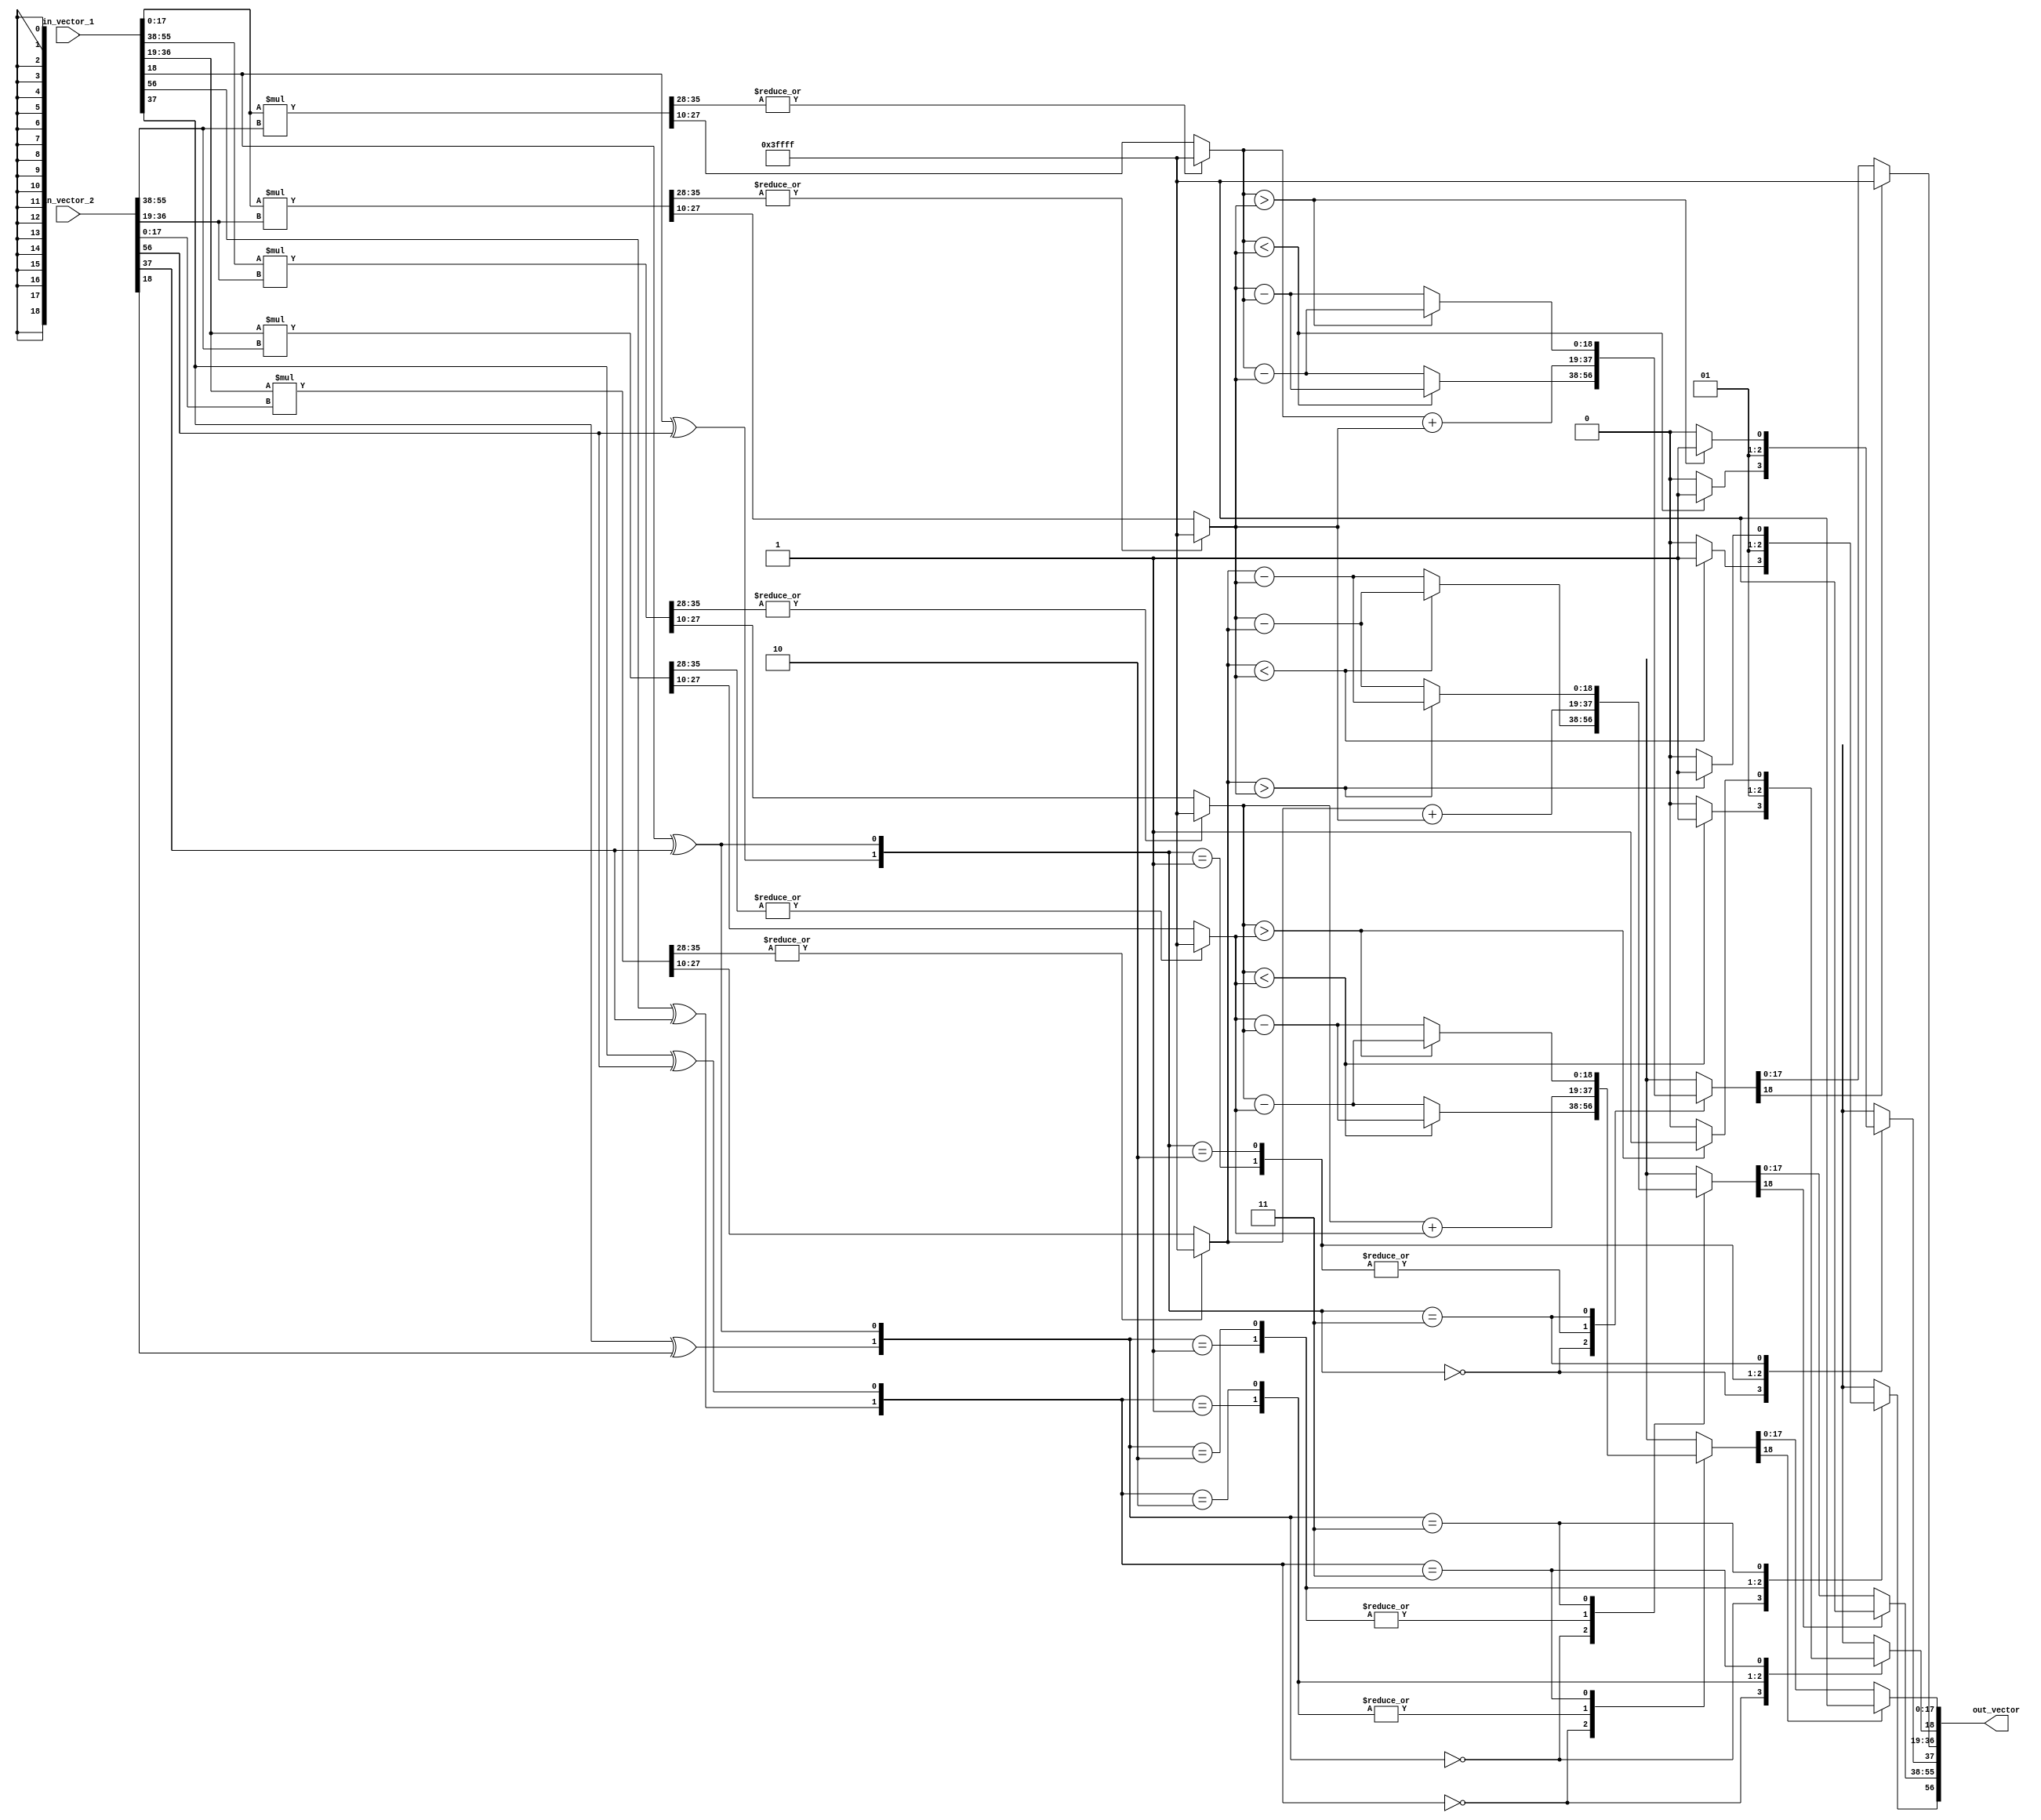
/*
     Hardware implementation of vector operations                      //  pg42  
     Vector Cross Product Implementation                               //  pg43
     VECTOR_WIDTH = 57
     57 bit signed fixed point  = { 3x[ Sign(1), Integer(8), Fraction(10) ] } = 3x19 = 57 bits
     V1 = {x1, y1, z1}
     V2 = {x2, y2, z2}
     V1 x V2 = { {y1*z2-  z1*y2}, {z1*x2 - x1*z2}, {x1*y2 - y1*x2} }  //total = 57 bits
*/
    
module signed_vector_cross_product (in_vector_1, in_vector_2, out_vector);
    
  input [56:0] in_vector_1;
  input [56:0] in_vector_2; 
    
  output [56:0] out_vector;

  wire [18:0] wire_x1;
  wire [18:0] wire_y1;  // to hold x, y & z elemtents of in_vector_1
  wire [18:0] wire_z1;
  wire [18:0] wire_x2;
  wire [18:0] wire_y2;  // to hold x, y & z elemtents of in_vector_2
  wire [18:0] wire_z2;

  reg [36:0] temp_y1z2;
  reg [36:0] temp_z1y2;
  reg [36:0] temp_z1x2;
  reg [36:0] temp_x1z2;
  reg [36:0] temp_x1y2;
  reg [36:0] temp_y1x2;

  reg [18:0] product_y1z2;
  reg [18:0] product_z1y2;
  reg [18:0] product_z1x2;
  reg [18:0] product_x1z2;
  reg [18:0] product_x1y2;
  reg [18:0] product_y1x2;

  reg [19:0] temp_x;
  reg [19:0] temp_y;
  reg [19:0] temp_z;

  reg [18:0] out_x;
  reg [18:0] out_y;
  reg [18:0] out_z;

  localparam BOTH_POS          = 2'b00;     //  x1 +ve, x2 +ve  ;  y1 +ve, y2 +ve  ;  z1 +ve, z2 +ve  ;
  localparam FIRST_POS_SEC_NEG = 2'b01;     //  x1 +ve, x2 -ve  ;  y1 +ve, y2 -ve  ;  z1 +ve, z2 -ve  ;
  localparam FIRST_NEG_SEC_POS = 2'b10;     //  x1 -ve, x2 +ve  ;  y1 -ve, y2 +ve  ;  z1 -ve, z2 +ve  ;
  localparam BOTH_NEG          = 2'b11;     //  x1 -ve, x2 -ve  ;  y1 -ve, y2 -ve  ;  z1 -ve, z2 -ve  ;

  assign wire_x1[18:0] = in_vector_1[56:38];
  assign wire_x2[18:0] = in_vector_2[56:38];
  assign wire_y1[18:0] = in_vector_1[37:19]; //split x, y & z elements of the 2 input vectors
  assign wire_y2[18:0] = in_vector_2[37:19];
  assign wire_z1[18:0] = in_vector_1[18:0];
  assign wire_z2[18:0] = in_vector_2[18:0];

  always @ *
    begin : X_COMPONENT
      begin  : PRODUCT_Y1Z2
        temp_y1z2[35:0] = wire_y1[17:0] * wire_z2[17:0]; //multiplying magnitudes only 
        temp_y1z2[36] = wire_y1[18] ^ wire_z2[18]; //sign bit calculation           
        product_y1z2[18:0] = {|temp_y1z2[35:28]} ? {temp_y1z2[36],{18{1'b1}}} : {temp_y1z2[36],temp_y1z2[27:10]};  //final output & overflow handling        
      end  //PRODUCT_Y1Z2

      begin  : PRODUCT_Z1Y2
        temp_z1y2[35:0] = wire_z1[17:0] * wire_y2[17:0]; //multiplying magnitudes only
        temp_z1y2[36] = wire_z1[18] ^ wire_y2[18]; //sign bit calculation         
        product_z1y2[18:0] = {|temp_z1y2[35:28]} ? {temp_z1y2[36],{18{1'b1}}} : {temp_z1y2[36],temp_z1y2[27:10]};  //final output & overflow handling        
      end  //PRODUCT_Z1Y2

      begin : SUBTRACTION__Y1Z2_Z1Y2
        case ( {product_y1z2[18], product_z1y2[18]} ) 
          BOTH_POS: begin                                  // (+x1) - (+x2) = (x1) - (x2)
                      if (product_y1z2[17:0] < product_z1y2[17:0])
                        begin
                          temp_x[18:0] = product_z1y2[17:0] - product_y1z2[17:0];
                          temp_x[19] = 1;                       //result is -ve
                        end
                  
                      else // (product_y1z2[17:0] >= product_z1y2[17:0])
                        begin
                          temp_x[18:0] = product_y1z2[17:0] - product_z1y2[17:0];
                          temp_x[19] = 0;                       //result is +ve
                        end
                    end //BOTH_POS

          FIRST_POS_SEC_NEG: begin                         // (+x1) - (-x2) = (x1) + (x2)
                               temp_x[18:0] = product_y1z2[17:0] + product_z1y2[17:0];
                               temp_x[19] = 0;                  //result is +ve 
                             end //FIRST_POS_SEC_NEG   
          
          FIRST_NEG_SEC_POS: begin                         // (-x1) - (+x2) = -((x1) + (x2))
                               temp_x[18:0] = product_y1z2[17:0] + product_z1y2[17:0];
                               temp_x[19] = 1;                  //result is -ve
                             end //FIRST_NEG_SEC_POS  

          BOTH_NEG: begin                                  // (-x1) - (-x2) = (x2) - (x1)
                      if (product_y1z2[17:0] > product_z1y2[17:0])
                        begin
                          temp_x[18:0] = product_y1z2[17:0] - product_z1y2[17:0];
                          temp_x[19] = 1;                       //result is -ve
                        end 

                      else // (product_y1z2[17:0] <= product_z1y2[17:0])    
                        begin
                          temp_x[18:0] = product_z1y2[17:0] - product_y1z2[17:0];
                          temp_x[19] = 0;                       //result is +ve
                        end
                    end //BOTH_NEG 
        endcase
      
        out_x[18:0] = temp_x[18] ? {temp_x[19],{18{1'b1}}} : {temp_x[19], temp_x[17:0]};
      end  //SUBTRACTION__Y1Z2_Z1Y2
    end //X_COMPONENT

  always @ *
    begin : Y_COMPONENT
      begin  : PRODUCT_Z1X2
        temp_z1x2[35:0] = wire_z1[17:0] * wire_x2[17:0]; //multiplying magnitudes only 
        temp_z1x2[36] = wire_z1[18] ^ wire_x2[18]; //sign bit calculation           
        product_z1x2[18:0] = {|temp_z1x2[35:28]} ? {temp_z1x2[36],{18{1'b1}}} : {temp_z1x2[36],temp_z1x2[27:10]};  //final output & overflow handling        
      end  //PRODUCT_Z1X2

      begin  : PRODUCT_X1Z2
        temp_x1z2[35:0] = wire_z1[17:0] * wire_y2[17:0]; //multiplying magnitudes only
        temp_x1z2[36] = wire_z1[18] ^ wire_y2[18]; //sign bit calculation         
        product_x1z2[18:0] = {|temp_x1z2[35:28]} ? {temp_x1z2[36],{18{1'b1}}} : {temp_x1z2[36],temp_x1z2[27:10]};  //final output & overflow handling        
      end  //PRODUCT_X1Z2

      begin : SUBTRACTION__Z1X2_X1Z2
        case ( {product_z1x2[18], product_x1z2[18]} ) 
          BOTH_POS: begin                                  // (+x1) - (+x2) = (x1) - (x2)
                      if (product_z1x2[17:0] < product_x1z2[17:0])
                        begin
                          temp_y[18:0] = product_x1z2[17:0] - product_z1x2[17:0];
                          temp_y[19] = 1;                       //result is -ve
                        end
                  
                      else // (product_z1x2[17:0] >= product_x1z2[[17:0])
                        begin
                          temp_y[18:0] = product_z1x2[17:0] - product_x1z2[17:0];
                          temp_y[19] = 0;                       //result is +ve
                        end
                    end //BOTH_POS

          FIRST_POS_SEC_NEG: begin                         // (+x1) - (-x2) = (x1) + (x2)
                               temp_y[18:0] = product_z1x2[17:0] + product_x1z2[17:0];
                               temp_y[19] = 0;                  //result is +ve 
                             end //FIRST_POS_SEC_NEG   
          
          FIRST_NEG_SEC_POS: begin                         // (-x1) - (+x2) = -((x1) + (x2))
                               temp_y[18:0] = product_z1x2[17:0] + product_x1z2[17:0];
                               temp_y[19] = 1;                  //result is -ve
                             end //FIRST_NEG_SEC_POS  

          BOTH_NEG: begin                                  // (-x1) - (-x2) = (x2) - (x1)
                      if (product_z1x2[17:0] > product_x1z2[17:0])
                        begin
                          temp_y[18:0] = product_z1x2[17:0] - product_x1z2[17:0];
                          temp_y[19] = 1;                       //result is -ve
                        end 

                      else // (product_z1x2[17:0] <= product_x1z2[[17:0])    
                        begin
                          temp_y[18:0] = product_x1z2[17:0] - product_z1x2[17:0];
                          temp_y[19] = 0;                       //result is +ve
                        end
                    end //BOTH_NEG            
        endcase

        out_y[18:0] = temp_y[18] ? {temp_y[19],{18{1'b1}}} : {temp_y[19], temp_y[17:0]};
      end  //SUBTRACTION__Z1X2_X1Z2
    end //Y_COMPONENT


  always @ *
    begin : Z_COMPONENT
      begin  : PRODUCT_X1Y2
        temp_x1y2[35:0] = wire_x1[17:0] * wire_y2[17:0]; //multiplying magnitudes only 
        temp_x1y2[36] = wire_x1[18] ^ wire_y2[18]; //sign bit calculation           
        product_x1y2[18:0] = {|temp_x1y2[35:28]} ? {temp_x1y2[36],{18{1'b1}}} : {temp_x1y2[36],temp_x1y2[27:10]};  //final output & overflow handling        
      end  //PRODUCT_X1Y2

      begin  : PRODUCT_Y1X2
        temp_y1x2[35:0] = wire_y1[17:0] * wire_x2[17:0]; //multiplying magnitudes only
        temp_y1x2[36] = wire_y1[18] ^ wire_x2[18]; //sign bit calculation         
        product_y1x2[18:0] = {|temp_y1x2[35:28]} ? {temp_y1x2[36],{18{1'b1}}} : {temp_y1x2[36],temp_y1x2[27:10]};  //final output & overflow handling        
      end  //PRODUCT_Y1X2

      begin : SUBTRACTION__X1Y2_Y1X2
        case ( {product_x1y2[18], product_y1x2[18]} ) 
          BOTH_POS: begin                                  // (+x1) - (+x2) = (x1) - (x2)
                      if (product_x1y2[17:0] < product_y1x2[17:0])
                        begin
                          temp_z[18:0] = product_y1x2[17:0] - product_x1y2[17:0];
                          temp_z[19] = 1;                       //result is -ve
                        end
                  
                      else // (product_x1y2[17:0] >= product_y1x2[17:0])
                        begin
                          temp_z[18:0] = product_x1y2[17:0] - product_y1x2[17:0];
                          temp_z[19] = 0;                       //result is +ve
                        end
                    end //BOTH_POS

          FIRST_POS_SEC_NEG: begin                         // (+x1) - (-x2) = (x1) + (x2)
                               temp_z[18:0] = product_x1y2[17:0] + product_y1x2[17:0];
                               temp_z[19] = 0;                  //result is +ve 
                             end //FIRST_POS_SEC_NEG   
          
          FIRST_NEG_SEC_POS: begin                         // (-x1) - (+x2) = -((x1) + (x2))
                               temp_z[18:0] = product_x1y2[17:0] + product_y1x2[17:0];
                               temp_z[19] = 1;                  //result is -ve
                             end //FIRST_NEG_SEC_POS  

          BOTH_NEG: begin                                  // (-x1) - (-x2) = (x2) - (x1)
                      if (product_x1y2[17:0] > product_y1x2[17:0])
                        begin
                          temp_z[18:0] = product_x1y2[17:0] - product_y1x2[17:0];
                          temp_z[19] = 1;                       //result is -ve
                        end 

                      else // (product_x1y2[17:0] <= product_y1x2[17:0])    
                        begin
                          temp_z[18:0] = product_y1x2[17:0] - product_x1y2[17:0];
                          temp_z[19] = 0;                       //result is +ve
                        end
                    end //BOTH_NEG 
           
        endcase
      
        out_z[18:0] = temp_z[18] ? {temp_z[19],{18{1'b1}}} : {temp_z[19], temp_z[17:0]};
      end  //SUBTRACTION__X1Y2_Y1X2
    end //Z_COMPONENT

 assign out_vector[56:0] = {out_x[18:0], out_y[18:0], out_z[18:0]};

endmodule